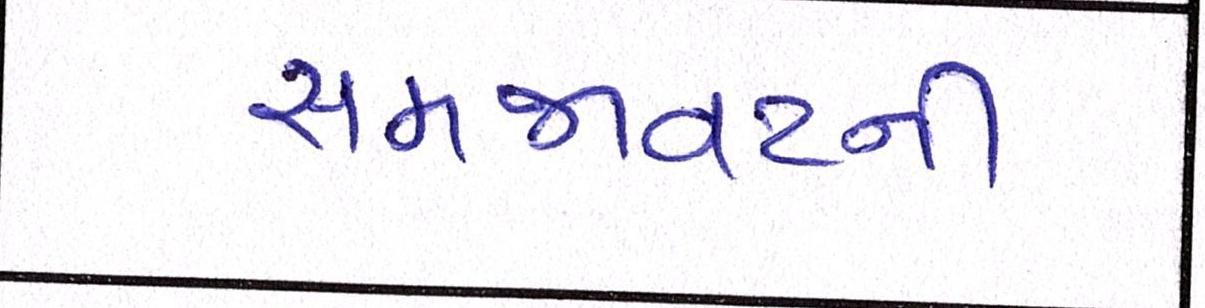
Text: સમજાવટની